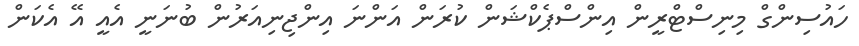
ހައުސިންގް މިނިސްޓްރީން އިންސްޕެކްޝަން ކުރަން އަންނަ އިންޖިނިއަރުން ބުނަނީ އެއީ އޭ އެކަން